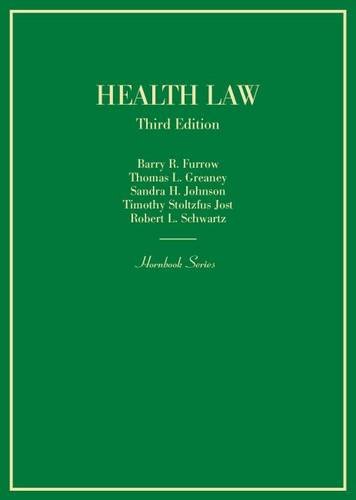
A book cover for Health Law (Hornbook); Barry Furrow; Law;